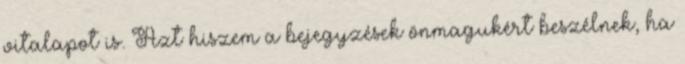
vitalapot is. Azt hiszem a bejegyzések önmagukért beszélnek, ha